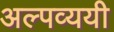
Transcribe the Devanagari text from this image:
अल्पव्ययी